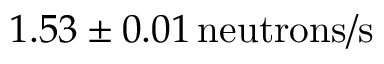
1 . 5 3 \pm 0 . 0 1 \, \mathrm { n e u t r o n s / s }